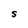
Character: S